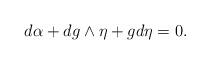
LaTeX: \begin{align*}d \alpha + dg\wedge \eta + g d\eta = 0.\end{align*}